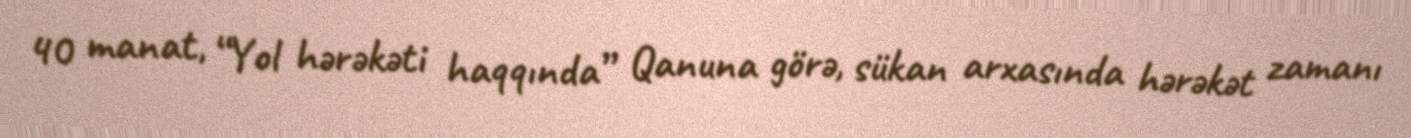
40 manat, “Yol hərəkəti haqqında” Qanuna görə, sükan arxasında hərəkət zamanı